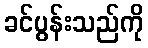
ခင်ပွန်းသည်ကို